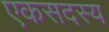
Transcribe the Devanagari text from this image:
एकसदस्य